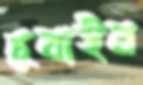
চুবাইব